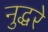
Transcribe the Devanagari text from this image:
नुद्धरे